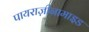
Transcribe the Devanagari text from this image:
पायराज़ीनामाइड